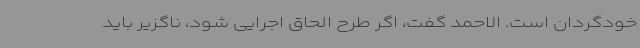
خودگردان است.‌ الاحمد گفت، اگر طرح الحاق اجرایی شود، ناگزیر باید